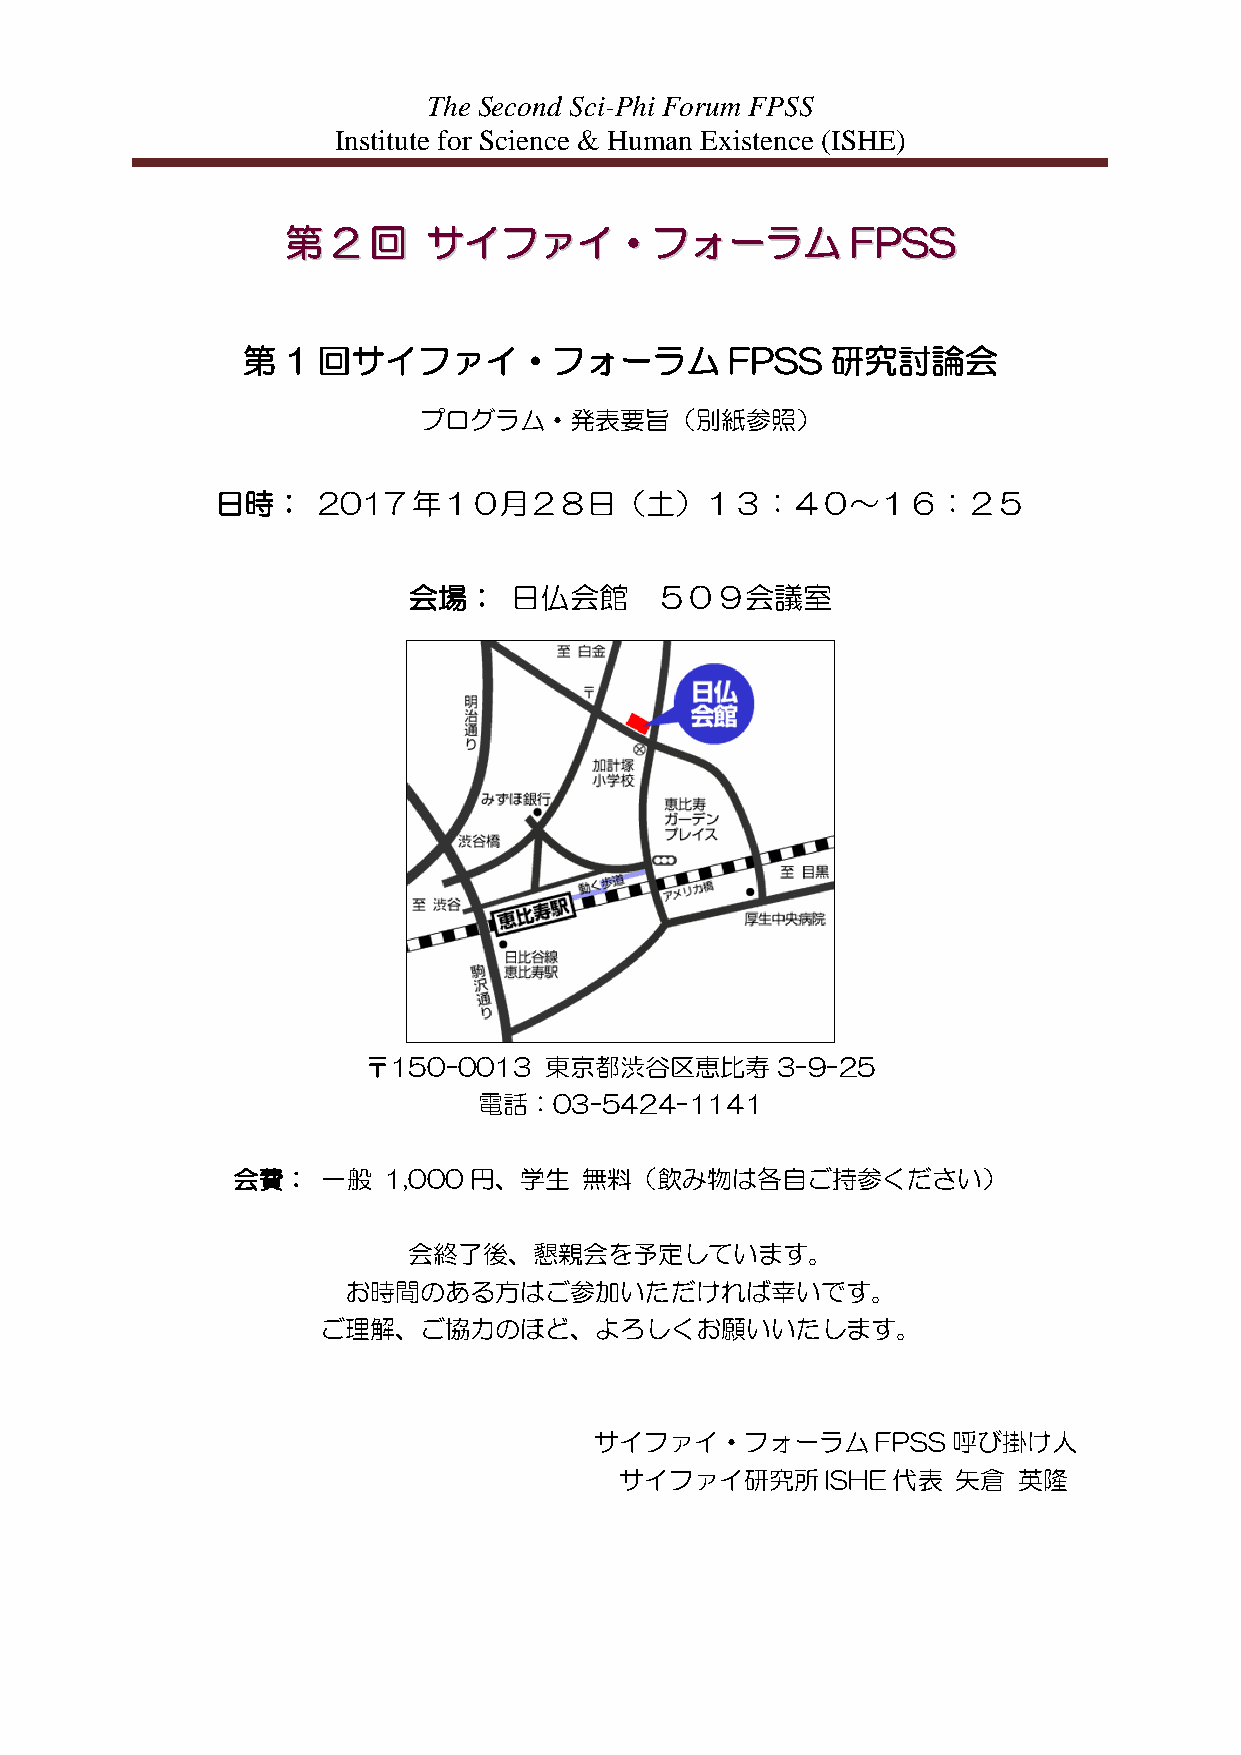
The Second Sci-Phi Forum FPSS
 Institute for Science & Human Existence (ISHE)
 第第 22 回回 ササイイフファァイイ・・フフォォーーララムム      FFPPSSSS
 第  1 回サイファイ・フォーラム               FPSS   研究討論会
 プログラム・発表要旨（別紙参照）
 日時：    2017  年１０月２８日（土）１３：４０～１６：２５
 会場：    日仏会館     ５０９会議室
 〒150-0013   東京都渋谷区恵比寿      3-9-25
 電話：03-5424-1141
 会費：   一般  1,000円、学生     無料（飲み物は各自ご持参ください）
 会終了後、懇親会を予定しています。
 お時間のある方はご参加いただければ幸いです。
 ご理解、ご協力のほど、よろしくお願いいたします。
 サイファイ・フォーラムFPSS         呼び掛け人
 サイファイ研究所      ISHE 代表 矢倉  英隆